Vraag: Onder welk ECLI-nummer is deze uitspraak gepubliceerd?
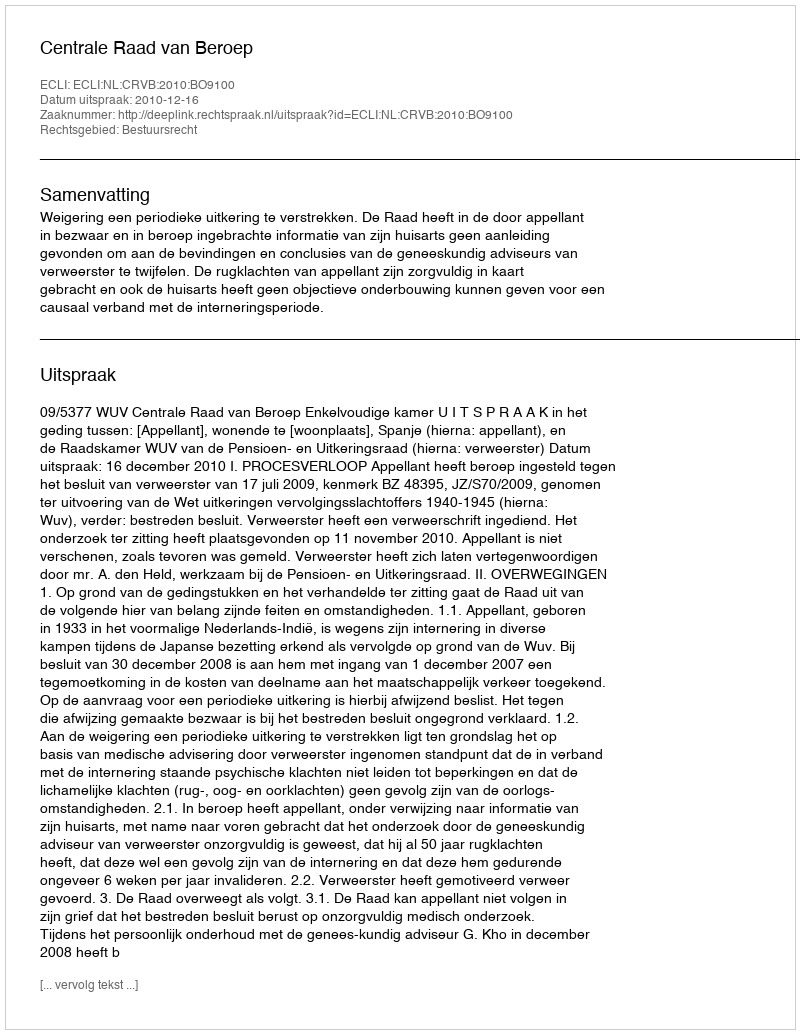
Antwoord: ECLI:NL:CRVB:2010:BO9100